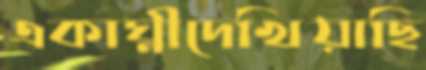
একাঘ্নীদেখিয়াছি